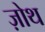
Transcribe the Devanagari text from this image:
ज़ोथ